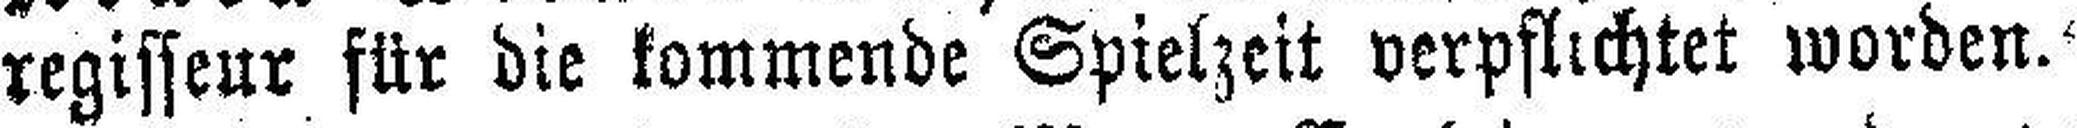
regisseur für die kommende Spielzeit verpflichtet worden.